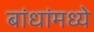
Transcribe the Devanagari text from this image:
बांधांमध्ये